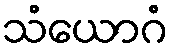
သံယောဂံ